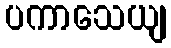
ပကာသေယျ